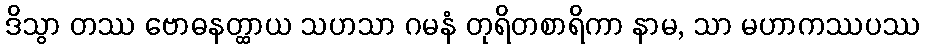
ဒိသွာ တဿ ဗောဓနတ္ထာယ သဟသာ ဂမနံ တုရိတစာရိကာ နာမ, သာ မဟာကဿပဿ